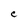
Character: C